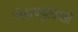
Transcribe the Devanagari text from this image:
गोरखपुरवासी